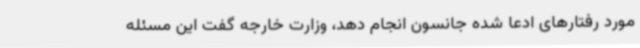
مورد رفتارهای ادعا شده جانسون انجام دهد، وزارت خارجه گفت این مسئله